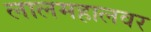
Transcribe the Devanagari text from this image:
लालमहालवर